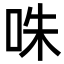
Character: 咮